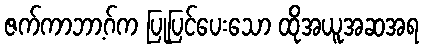
ဇက်ကာဘာ့ဂ်က ပြုပြင်ပေးသော ထိုအယူအဆအရ